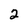
Character: 2